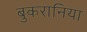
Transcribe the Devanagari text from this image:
बुकरानिया